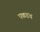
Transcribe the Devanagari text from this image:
पकडच